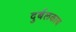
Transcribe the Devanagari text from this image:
दुर्बलकाय